Madras plague regulations in force outside the Presidency town - Volume 5
Disease focus: Plague
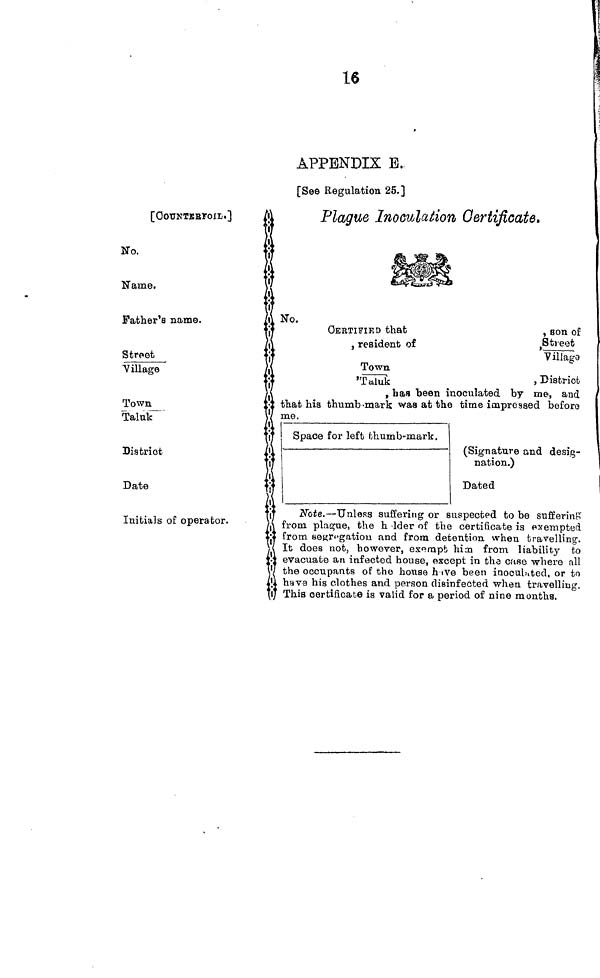
16
APPENDIX E.
[See Regulation 25.]
[COUNTERFOIL]
No.
Name.
Father's name.
Street
Village
Town/Taluk
District
Date
Initials of operator.
Plague Inoculation Certificate.
No.
CERTIFIED that
, son of
, resident of
,Street/Village
Town/Taluk
,
district
, has been inoculated by me, and
that his thumb-mark was at the time impressed before
me.
Space for left thumb-mark.
(Signature and desig-
nation.)
Dated
Note.—Unless suffering or suspected to be suffering
from plague, the holder of the certificate is exempted
from ségrégation and from detention, when travelling.
It does not, however, exempt him from liability to
evacuate an infected house, except in the case where all
the occupants of the house have been inoculated, or to
have his clothes and person disinfected when travelling.
This certificate is valid for a period of nine months.